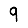
Digit: 9